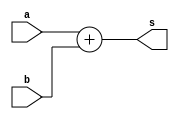
`timescale 1ns / 1ps

module BehavioralAdder(a, b, s);
    input [63:0] a, b;
    output [64:0] s;
    
    assign s = a + b;

endmodule